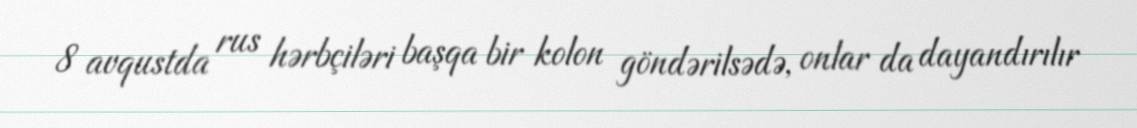
8 avqustda rus hərbçiləri başqa bir kolon göndərilsədə, onlar da dayandırılır